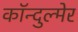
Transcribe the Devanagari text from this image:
कॉन्दुल्मेर